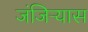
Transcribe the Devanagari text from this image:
जंजिऱ्यास